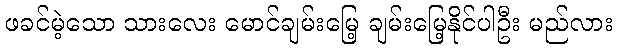
ဖခင်မဲ့သော သားလေး မောင်ချမ်းမြေ့ ချမ်းမြေ့နိုင်ပါဦး မည်လား